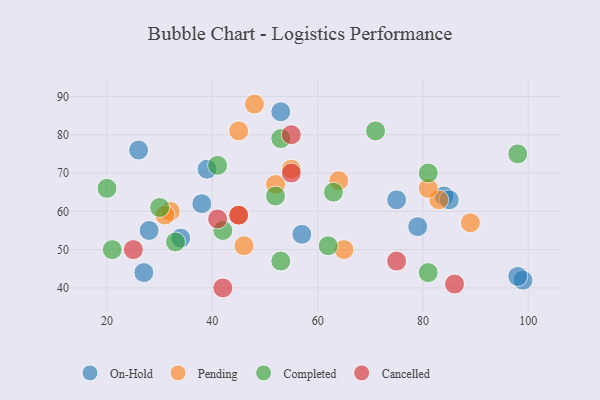
{"axis": {"x": "GDP", "y": "Life Expectancy"}, "legend": ["Cancelled", "Completed", "On-Hold", "Pending"], "data": [{"x": "53", "y": 86, "type": "On-Hold"}, {"x": "84", "y": 64, "type": "On-Hold"}, {"x": "27", "y": 44, "type": "On-Hold"}, {"x": "79", "y": 56, "type": "On-Hold"}, {"x": "85", "y": 63, "type": "On-Hold"}, {"x": "38", "y": 62, "type": "On-Hold"}, {"x": "26", "y": 76, "type": "On-Hold"}, {"x": "34", "y": 53, "type": "On-Hold"}, {"x": "75", "y": 63, "type": "On-Hold"}, {"x": "57", "y": 54, "type": "On-Hold"}, {"x": "99", "y": 42, "type": "On-Hold"}, {"x": "98", "y": 43, "type": "On-Hold"}, {"x": "39", "y": 71, "type": "On-Hold"}, {"x": "28", "y": 55, "type": "On-Hold"}, {"x": "55", "y": 71, "type": "Pending"}, {"x": "52", "y": 67, "type": "Pending"}, {"x": "32", "y": 60, "type": "Pending"}, {"x": "48", "y": 88, "type": "Pending"}, {"x": "83", "y": 63, "type": "Pending"}, {"x": "45", "y": 59, "type": "Pending"}, {"x": "81", "y": 66, "type": "Pending"}, {"x": "65", "y": 50, "type": "Pending"}, {"x": "46", "y": 51, "type": "Pending"}, {"x": "45", "y": 81, "type": "Pending"}, {"x": "64", "y": 68, "type": "Pending"}, {"x": "31", "y": 59, "type": "Pending"}, {"x": "89", "y": 57, "type": "Pending"}, {"x": "21", "y": 50, "type": "Completed"}, {"x": "98", "y": 75, "type": "Completed"}, {"x": "41", "y": 72, "type": "Completed"}, {"x": "30", "y": 61, "type": "Completed"}, {"x": "33", "y": 52, "type": "Completed"}, {"x": "71", "y": 81, "type": "Completed"}, {"x": "81", "y": 70, "type": "Completed"}, {"x": "42", "y": 55, "type": "Completed"}, {"x": "62", "y": 51, "type": "Completed"}, {"x": "63", "y": 65, "type": "Completed"}, {"x": "53", "y": 47, "type": "Completed"}, {"x": "52", "y": 64, "type": "Completed"}, {"x": "81", "y": 44, "type": "Completed"}, {"x": "53", "y": 79, "type": "Completed"}, {"x": "20", "y": 66, "type": "Completed"}, {"x": "25", "y": 50, "type": "Cancelled"}, {"x": "45", "y": 59, "type": "Cancelled"}, {"x": "75", "y": 47, "type": "Cancelled"}, {"x": "41", "y": 58, "type": "Cancelled"}, {"x": "55", "y": 80, "type": "Cancelled"}, {"x": "86", "y": 41, "type": "Cancelled"}, {"x": "55", "y": 70, "type": "Cancelled"}, {"x": "42", "y": 40, "type": "Cancelled"}]}